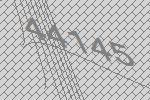
44145